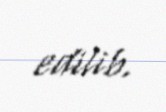
edilib.